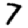
Digit: 7